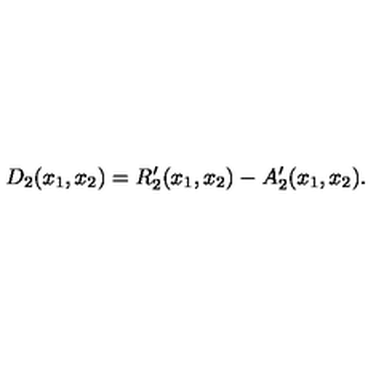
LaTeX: D _ { 2 } ( x _ { 1 } , x _ { 2 } ) = R _ { 2 } ^ { \prime } ( x _ { 1 } , x _ { 2 } ) - A _ { 2 } ^ { \prime } ( x _ { 1 } , x _ { 2 } ) .